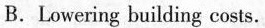
B.Lowering buliding costs.